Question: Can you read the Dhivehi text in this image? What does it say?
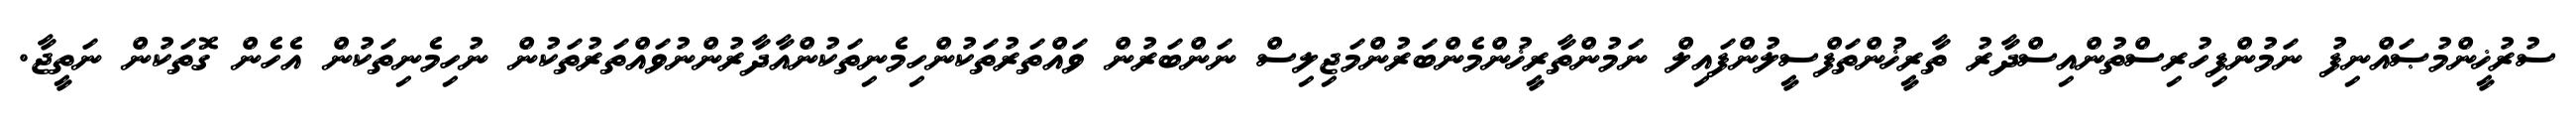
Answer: ސުރުޚީންމުޞައްނިފު ނަމުންފިހުރިސްތުންއިސްދާރު ތާރީޚުންތަފްސީލުންފައިލް ނަމުންތާރީޚުންމެންބަރުންމަޖިލިސް ނަންބަރުން ވައްތަރުތަކުންހިމެނިތަކުންއާދާރުންނުވައްތަރުތަކުން ނުހިމެނިތަކުން އެހެން ގޮތަކުން ނަތީޖާ.